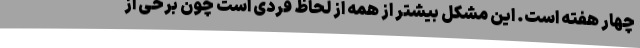
چهار هفته است. این مشکل بیشتر از همه از لحاظ فردی است چون برخی از